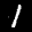
Label: 1